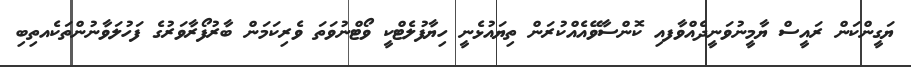
ޔަގީންކަން ރައީސް ޔާމީނުވަނީދެއްވާފއި ކޮންސާވޭއެއްކުރަން ތިޔައުޅެނީ ހިޔާފުލެޓްކީ ވޯޓްނުވަތަ ވެރިކަމަން ބާރުފޯރާވަރުގެ ފަހުލަވާނުންތަކެއތިބި